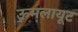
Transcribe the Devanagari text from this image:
ऊमलायूट